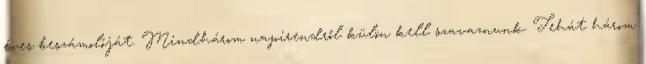
éves beszámolóját. Mindhárom napirendről külön kell szavaznunk. Tehát három